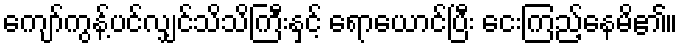
ကျော်ကွန့်ပင်လျှင်သိသိကြီးနှင့် ရောယောင်ပြီး ငေးကြည့်နေမိ၏။